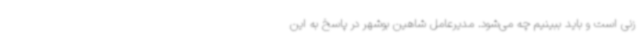
زنی است و باید ببینیم چه می‌شود. مدیرعامل شاهین بوشهر در پاسخ به این